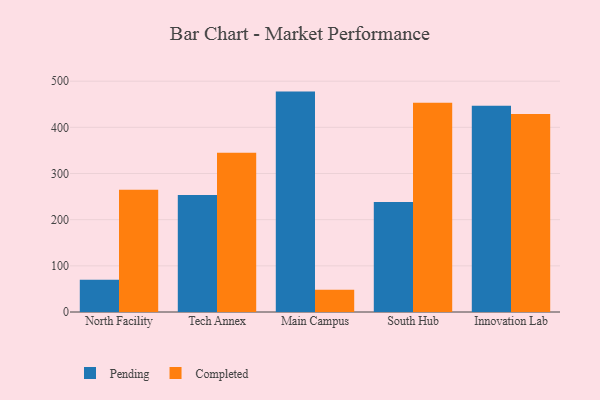
{"axis": {"x": "Campus", "y": "Active Users"}, "legend": ["Completed", "Pending"], "data": [{"x": "North Facility", "y": 69.7, "type": "Pending"}, {"x": "North Facility", "y": 264.9, "type": "Completed"}, {"x": "Tech Annex", "y": 253.2, "type": "Pending"}, {"x": "Tech Annex", "y": 344.8, "type": "Completed"}, {"x": "Main Campus", "y": 477.4, "type": "Pending"}, {"x": "Main Campus", "y": 48.1, "type": "Completed"}, {"x": "South Hub", "y": 238.3, "type": "Pending"}, {"x": "South Hub", "y": 453.0, "type": "Completed"}, {"x": "Innovation Lab", "y": 446.9, "type": "Pending"}, {"x": "Innovation Lab", "y": 429.0, "type": "Completed"}]}